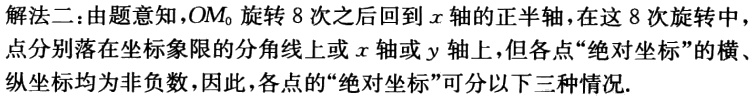
解法二：由题意知，\(OM_{0}\)旋转\(8\)次之后回到\(x\)轴的正半轴，在这\(8\)次旋转中，点分别落在坐标象限的分角线上或\(x\)轴或\(y\)轴上，但各点“绝对坐标”的横、纵坐标均为非负数，因此，各点的“绝对坐标”可分以下三种情况.